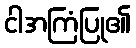
ငါအကြံပြု၏